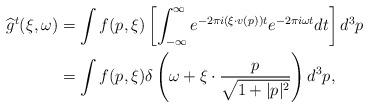
LaTeX: \begin{align*}\widehat{g}^{t}(\xi,\omega) &= \int f(p,\xi) \left[\int_{-\infty}^{\infty} e^{-2\pi i \left(\xi \cdot v(p)\right)t} e^{-2 \pi i \omega t}dt\right]d^3p\\&=\int f(p,\xi) \delta\left(\omega + \xi \cdot \frac{p}{\sqrt{1+\lvert p \rvert^2}}\right)d^3p,\end{align*}